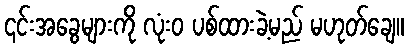
၎င်းအခွေများကို လုံးဝ ပစ်ထားခဲ့မည် မဟုတ်ချေ။